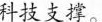
科技灵撑。